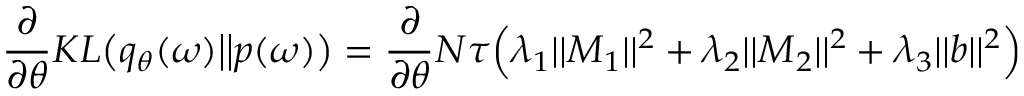
\frac { \partial } { \partial \theta } K L \big ( q _ { \theta } ( \boldsymbol { \omega } ) \big | \big | p ( \boldsymbol { \omega } ) \big ) = \frac { \partial } { \partial \theta } N \tau \Big ( \lambda _ { 1 } | | \boldsymbol { M } _ { 1 } | | ^ { 2 } + \lambda _ { 2 } | | \boldsymbol { M } _ { 2 } | | ^ { 2 } + \lambda _ { 3 } | | \boldsymbol { b } | | ^ { 2 } \Big )